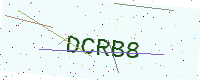
Text: DCRB8